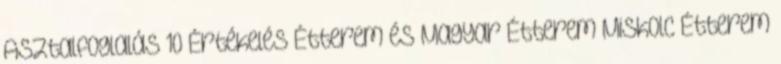
Asztalfoglalás 10 Értékelés Étterem és Magyar Étterem Miskolc Étterem